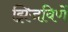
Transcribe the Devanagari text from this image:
झिजविणें